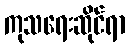
ကုသရေးဆိုင်ရာ